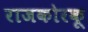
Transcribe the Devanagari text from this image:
राजकोरकू